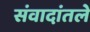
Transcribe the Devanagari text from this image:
संवादांतले